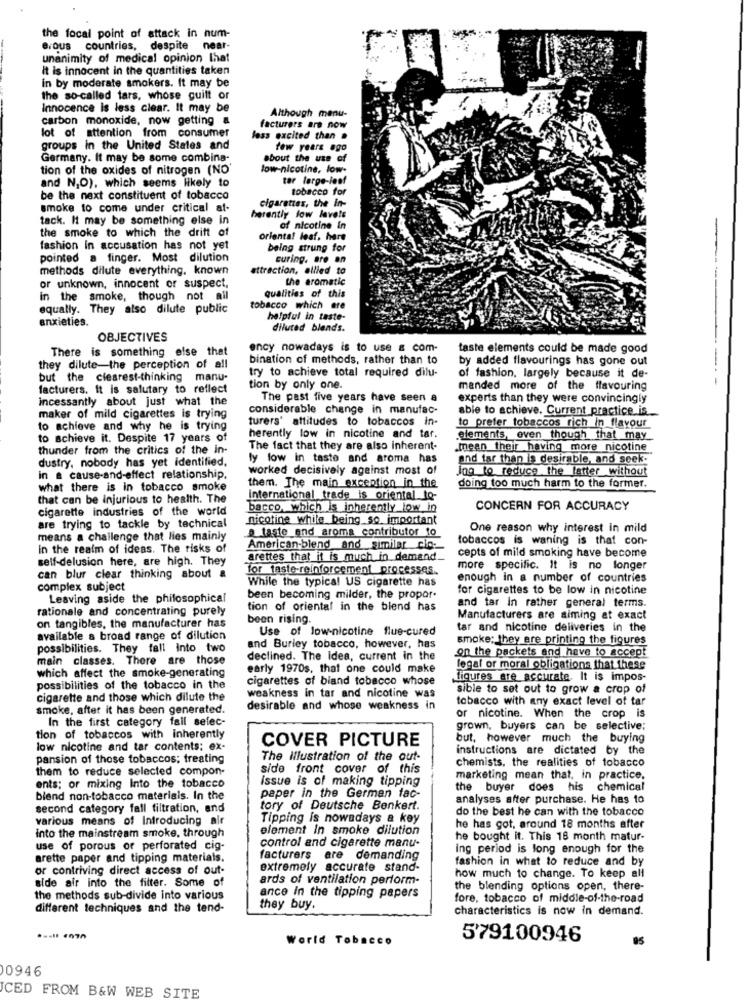
the focal point of attack in num-
erous countries, despite near-
unanimity of medical opinion that
It is innocent in the quantities taken
In by moderate smokers. It may be
the so-called tars, whose guilt or
Innocence is less clear. It may be
carbon monoxide, now getting &
Although menu-
facturers are now
lot of attention from consumer
loss excited than .
groups in the United States and
few years ago
Germany. It may be some combina-
about the use of
tion of the oxides of nitrogen (NO
low-nicotine, low-
tar large-leef
and N,O), which seems likely to
tobacco for
be the next constituent of tobacco
cigarettes, the in-
smoke to come under critical at-
tack. It may be something else in
herently low lavete
the smoke to which the drift of
of nicotine in
oriental leaf, here
fashion in accusation has not yet
being strung for
pointed a finger. Most dilution
curing. are an
methods dilute everything, known
attraction, allied to
the aromatic
or unknown, innocent or suspect,
qualities of this
in the smoke, though not ail
equally. They also dilute public
tobacco which are
anxieties.
helpful in taste-
diluted blends.
OBJECTIVES
There is something else that
ency nowadays is to use & com-
taste elements could be made good
bination of methods, rather than to
by added flavourings has gone out
they dilute-the perception of all
try to achieve total required dilu-
but the clearest-thinking manu-
of fashion, largely because it de-
----
facturers. It is salutary to reflect
tion by only one.
manded more of the flavouring
incessantly about just what the
The past five years have seen a
experts than they were convincingly
considerable change in manufac-
able to achieve. Current practice. is_
maker of mild cigarettes is trying
turers' attitudes to tobaccos in-
to achieve and why he is trying
to prefer tobaccos rich in flavour
to achieve it. Despite 17 years of
herently low in nicotine and tar.
elements, even though that may
thunder from the critics of the in-
The fact that they are also inherent-
mean their having more nicotine
dustry, nobody has yet identified,
ly low in taste and aroma has
and tar than is desirable, and seek.
worked decisively against most of
Jog to reduce the latter without
in a cause-and-effect relationship.
what there is in tobacco smoke
them. The main exception in the
doing too much harm to the former.
that can be injurious to health. The
international trade is oriental lo-
cigarette industries of the world
bacco, which is inherently low in
CONCERN FOR ACCURACY
are trying to tackle by technical
nicotine while being so important
taste and aroma contributor to
One reason why interest in mild
means a challenge that lies mainly
tobaccos is waning is that con-
in the realm of ideas. The risks of
American-blend and similer cio-
cepts of mild smoking have become
self-delusion here, are high. They
arettes that it is much in demand.
for taste-reinforcement processes.
more specific. It is no longer
can blur clear thinking about a
While the typical US cigarette has
enough in a number of countries
complex subject
for cigarettes to be low in nicotine
Leaving aside the philosophical
been becoming milder, the propor.
and tar in rather general terms.
rationale and concentrating purely
tion of oriental in the blend has
been rising
Manufacturers are aiming at exact
on tangibles, the manufacturer has
Use of low-nicotine flue-cured
tar and nicotine deliveries in the
available a broad range of dilution
smoke; they are printing the figures
possibilities. They fall into two
and Burley tobacco, however, has
main classes. There are those
declined. The Idea, current in the
on the packets and have to accept
which affect the smoke-generating
early 1970s, that one could make
legal or moral obligations that these
cigarettes of bland tobacco whose
figures are accurate. It is impos-
possibilities of the tobacco in the
sible to set out to grow a crop of
cigarette and those which dilute the
weakness in tar and nicotine was
tobacco with any exact level of tar
smoke, after it has been generated.
desirable and whose weakness in
In the first category fail selec-
or nicotine. When the crop is
grown, buyers can be selective;
tion of tobaccos with inherently
COVER PICTURE
but, however much the buying
low nicotine and tar contents: ex-
instructions are dictated by the
pansion of those tobaccos; treating
The Illustration of the out-
chemists, the realities of tobacco
them to reduce selected compon-
side front cover of this
Issue is of making tipping
marketing mean that, in practice.
ents; or mixing Into the tobacco
the buyer does his chemical
blend non-tobacco materials. In the
paper in the German fac-
analyses after purchase. He has to
second category fall filtration, and
tory of Deutsche Benkert.
do the best he can with the tobacco
various means of Introducing air
Tipping is nowadays a key
element In smoke dilution
he has got, around 18 months after
into the mainstream smoke, through
control and cigarette manu-
he bought it. This 18 month matur-
use of porous or perforated cig-
ing period is long enough for the
arette paper and tipping materials.
facturers are demanding
fashion in what to reduce and by
or contriving direct access of out-
extremely accurate stand-
side air into the filter. Some of
ards of ventilation perform-
how much to change. To keep all
the blending options open, there-
the methods sub-divide into various
ance In the tipping papers
fore, tobacco of middle-of-the-road
different techniques and the tend-
they buy.
characteristics is now in demand.
World Tobacco
579100946
0946
CED FROM B&W WEB SITE